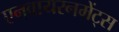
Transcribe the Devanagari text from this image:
एनवायरनमेंट्स